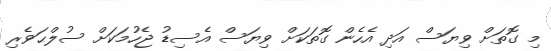
މި ގޮތަށް ވިޔަސް އަދި އެހެން ގޮތަކަށް ވިޔަސް އެސިޑު ޖެހުމަކަށް ސުލްޙަވެރި